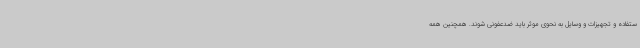
ستفاده و تجهیزات و وسایل به نحوی موثر باید ضدعفونی شوند. همچنین همه